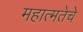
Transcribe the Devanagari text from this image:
महात्मतेचे